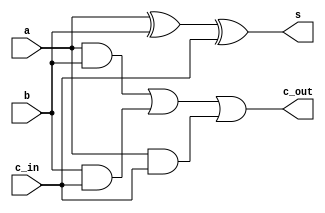
module one_bit_full_adder(c_out, s, a, b, c_in);
    input a,b,c_in;
    output wire c_out, s;

    assign c_out = a&b | b&c_in | a&c_in;
    assign s = a ^ b ^ c_in; 
endmodule